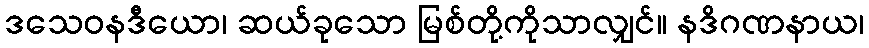
ဒသေဝနဒီယော၊ ဆယ်ခုသော မြစ်တို့ကိုသာလျှင်။ နဒိဂဏနာယ၊